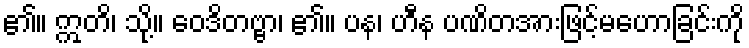
၏။ ဣတိ၊ သို့။ ဝေဒိတဗ္ဗာ၊ ၏။ ပန၊ ဟီန ပဏိတအားဖြင့်မဟောခြင်းကို